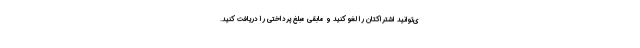
ی‌توانید اشتراکتان را لغو کنید و مابقی مبلغ پرداختی را دریافت کنید.